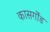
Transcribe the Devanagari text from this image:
कासर्गोड